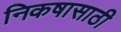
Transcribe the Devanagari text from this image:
निकषासाठी